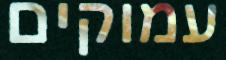
עמוקים